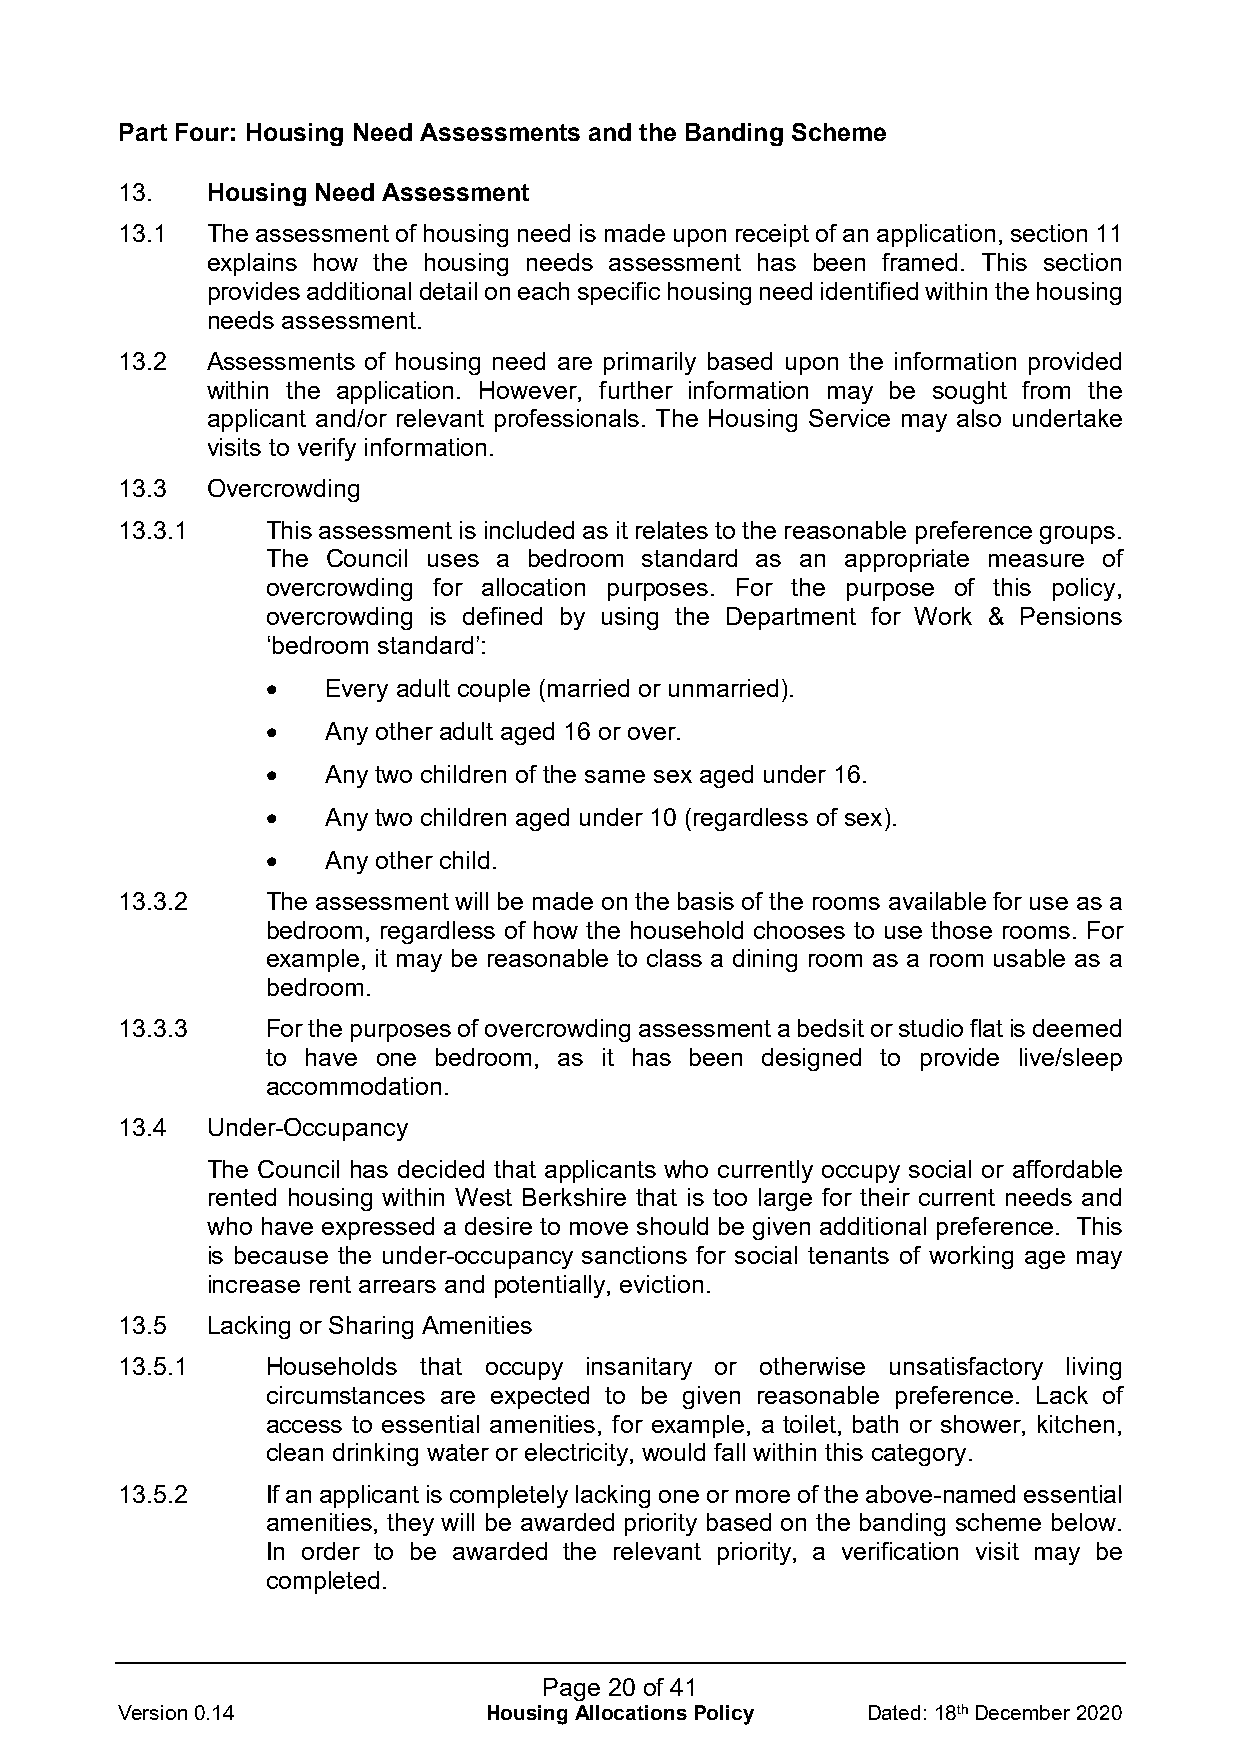
Part Four: Housing Need Assessments and the Banding Scheme
 13.   Housing Need Assessment
 13.1  The assessment of housing need is made upon receipt of an application, section 11
 explains how the housing needs assessment has been framed. This section
 provides additional detail on each specific housing need identified within the housing
 needs assessment.
 13.2  Assessments of housing need are primarily based upon the information provided
 within the application. However, further information may be sought from the
 applicant and/or relevant professionals. The Housing Service may also undertake
 visits to verify information.
 13.3  Overcrowding
 13.3.1    This assessment is included as it relates to the reasonable preference groups.
 The Council uses a bedroom standard as an appropriate measure of
 overcrowding for allocation purposes. For the purpose of this policy,
 overcrowding is defined by using the Department for Work & Pensions
 ‘bedroom standard’:
 •   Every adult couple (married or unmarried).
 •   Any other adult aged 16 or over.
 •   Any two children of the same sex aged under 16.
 •   Any two children aged under 10 (regardless of sex).
 •   Any other child.
 13.3.2    The assessment will be made on the basis of the rooms available for use as a
 bedroom, regardless of how the household chooses to use those rooms. For
 example, it may be reasonable to class a dining room as a room usable as a
 bedroom.
 13.3.3    For the purposes of overcrowding assessment a bedsit or studio flat is deemed
 to have one bedroom, as it has been designed to provide live/sleep
 accommodation.
 13.4  Under-Occupancy
 The Council has decided that applicants who currently occupy social or affordable
 rented housing within West Berkshire that is too large for their current needs and
 who have expressed a desire to move should be given additional preference. This
 is because the under-occupancy sanctions for social tenants of working age may
 increase rent arrears and potentially, eviction.
 13.5  Lacking or Sharing Amenities
 13.5.1    Households that occupy insanitary or otherwise unsatisfactory living
 circumstances are expected to be given reasonable preference. Lack of
 access to essential amenities, for example, a toilet, bath or shower, kitchen,
 clean drinking water or electricity, would fall within this category.
 13.5.2    If an applicant is completely lacking one or more of the above-named essential
 amenities, they will be awarded priority based on the banding scheme below.
 In order to be awarded the relevant priority, a verification visit may be
 completed.
 Page 20 of 41
 Version 0.14            Housing Allocations Policy Dated: 18th December 2020